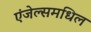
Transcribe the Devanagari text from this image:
एंजेल्समधिल